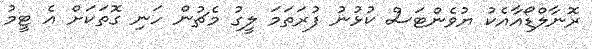
ރޮނާލްޑޯއާއެކު ޔުވެންޓަސް ކުޅުނު ފުރަތަމަ ލީގު މެޗުން ހަނި ގޮތަކަށް އެ ޓީމު